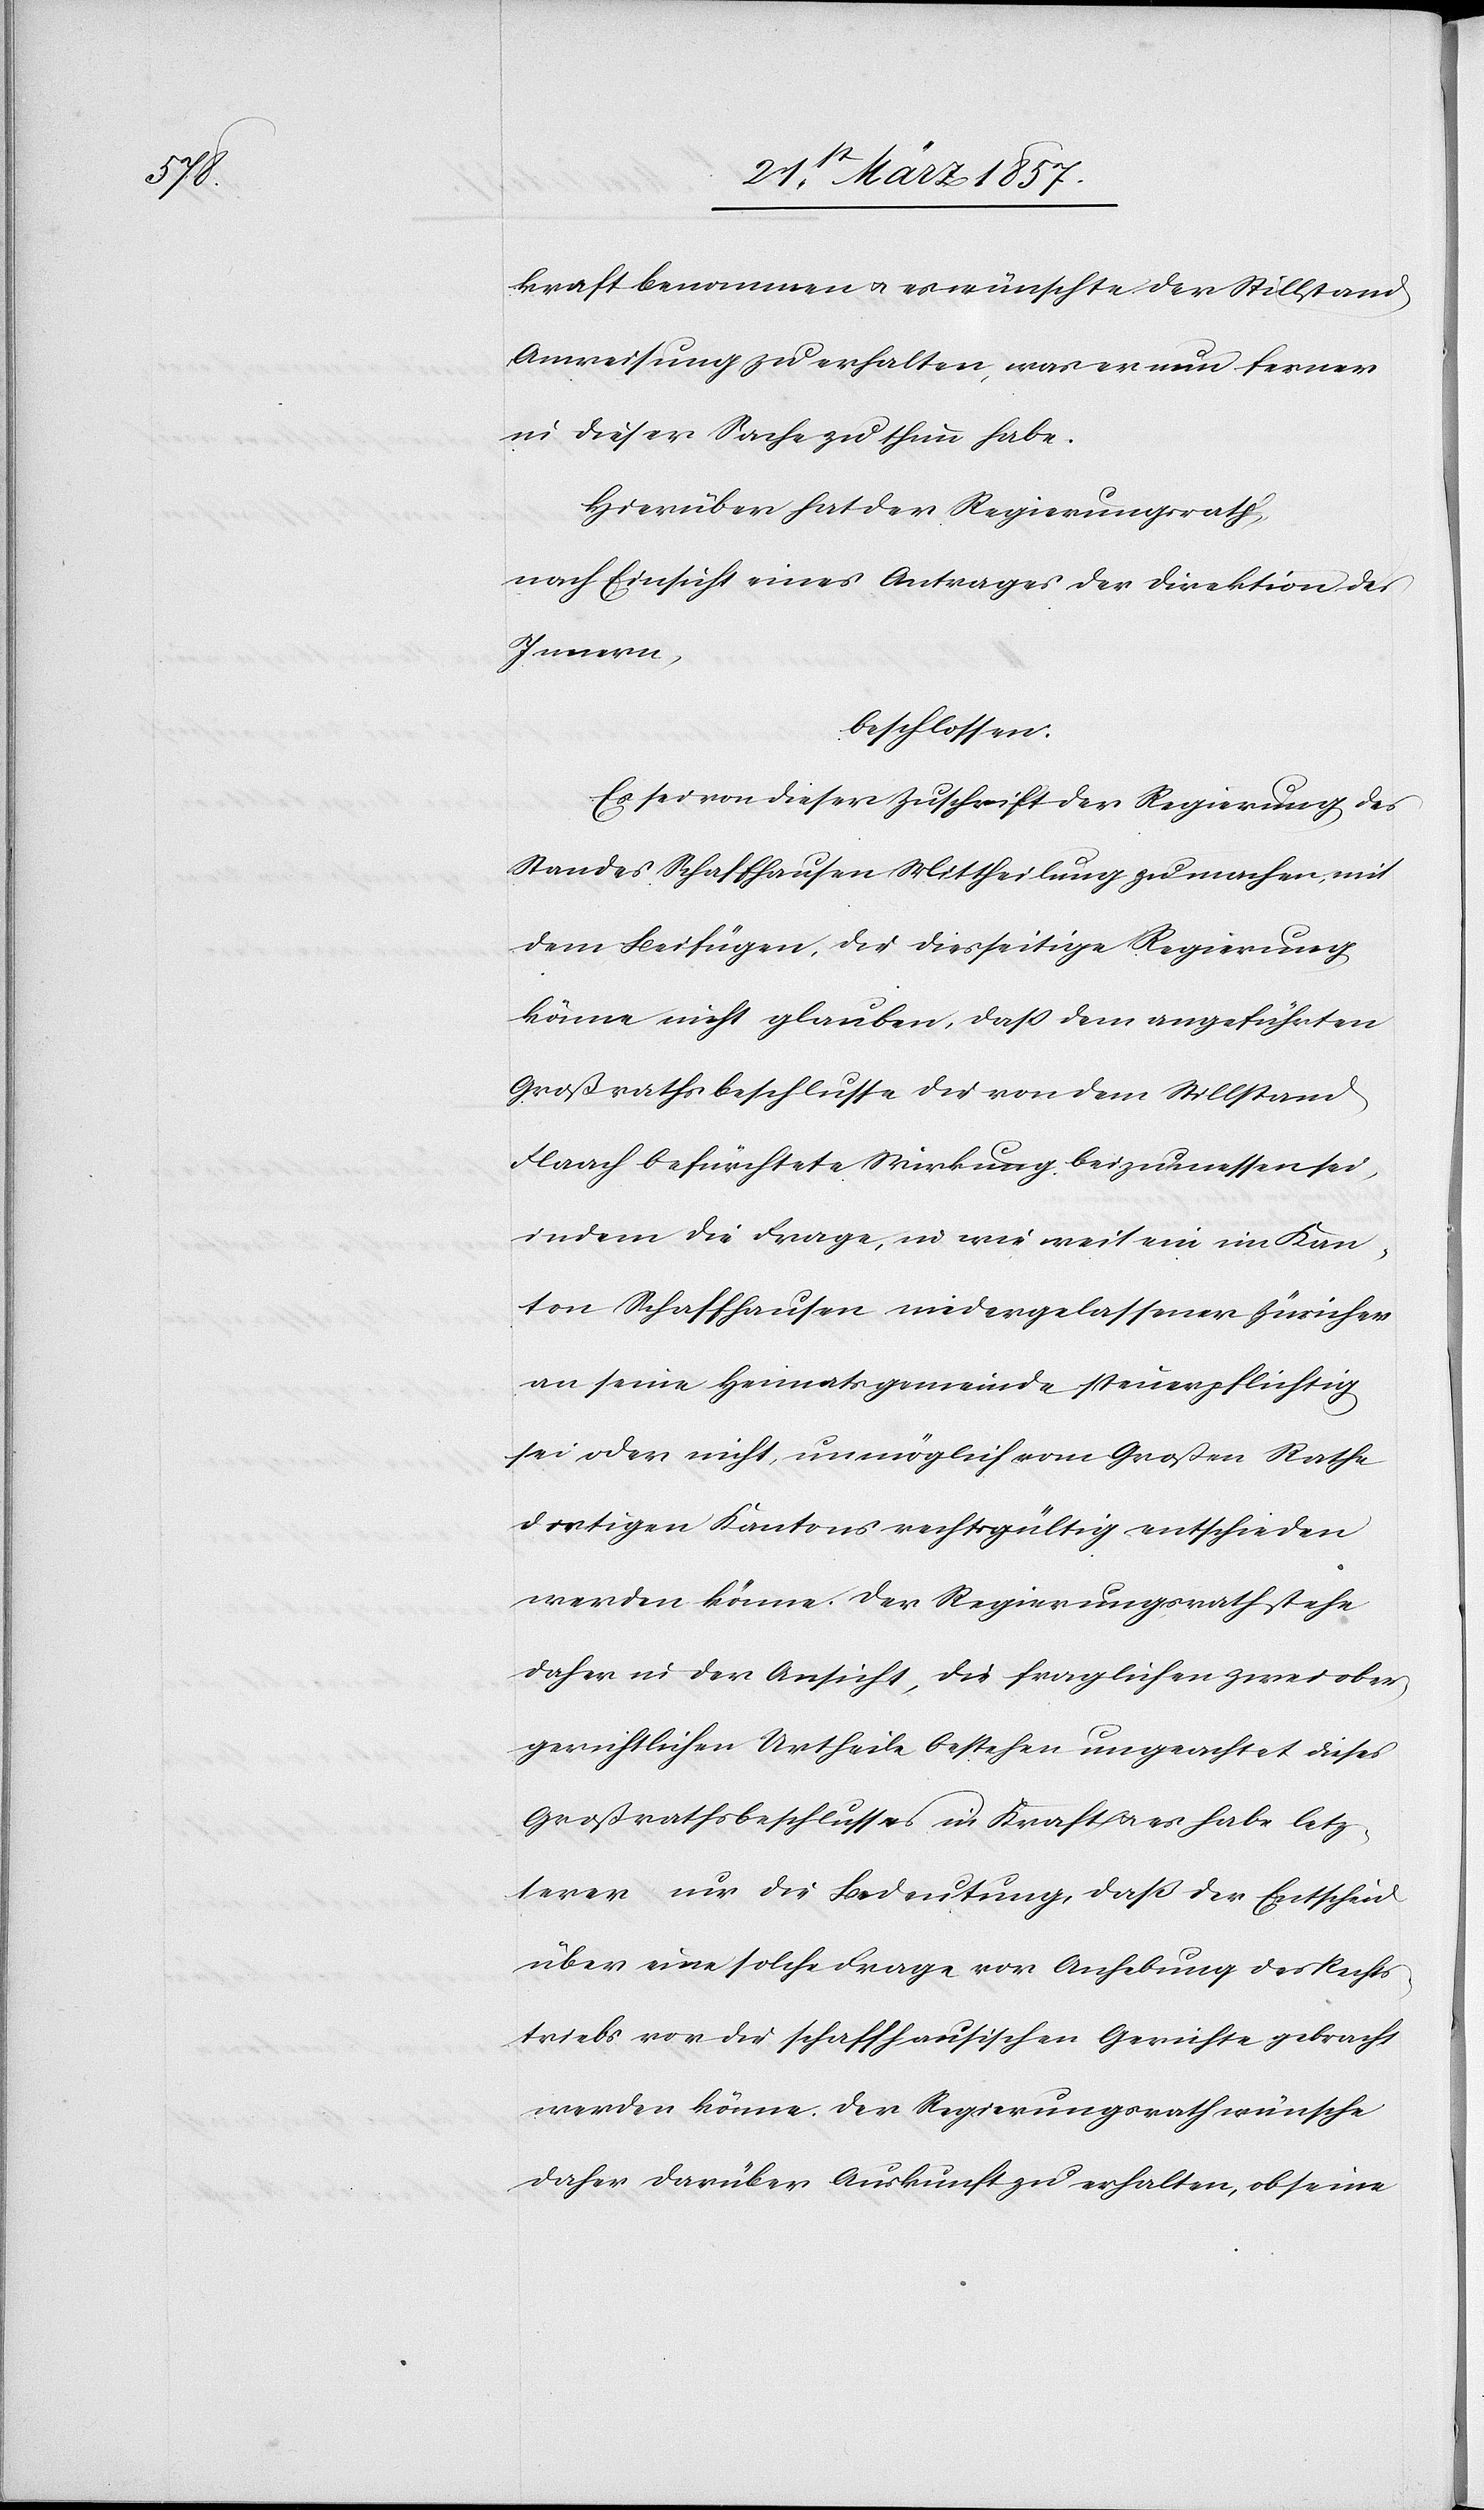
kraft benommen u. es wünschte der Stillstand
Anweisung zu erhalten, was er nun ferner
in dieser Sache zu thun habe.
Hierüber hat der Regierungsrath
nach Einsicht eines Antrages der Direktion des
Innern,
beschlossen:
Es sei von dieser Zuschrift der Regierung des
Standes Schaffhausen Mittheilung zu machen, mit
dem Beifügen, die diesseitige Regierung
könne nicht glauben, daß dem angeführten
Großrathsbeschlusse die von dem Stillstand
Flaach befürchtete Wirkung beizumessen sei,
indem die Frage, in wie weit ein im Kan¬
ton Schaffhausen niedergelassener Züricher
an seine Heimatsgemeinde steuerpflichtig
sei oder nicht, unmöglich vom Großen Rathe
dortigen Kantons rechtgültig entschieden
werden könne. Der Regierungsrath stehe
daher in der Ansicht, die fraglichen zwei ober¬
gerichtlichen Urtheile bestehen ungeachtet dieses
Großrathsbeschlusses in Kraft u. es habe letz¬
terer nur die Bedeutung, daß der Entscheid
über eine solche Frage vor Anhebung des Rechts¬
triebes vor die schaffhausischen Gerichte gebracht
werden könne. Der Regierungsrath wünsche
daher darüber Auskunft zu erhalten, ob seine